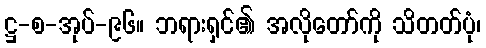
ဋ္ဌ-စ-အုပ်-၉၆။ ဘရားရှင်၏ အလိုတော်ကို သိတတ်ပုံ၊